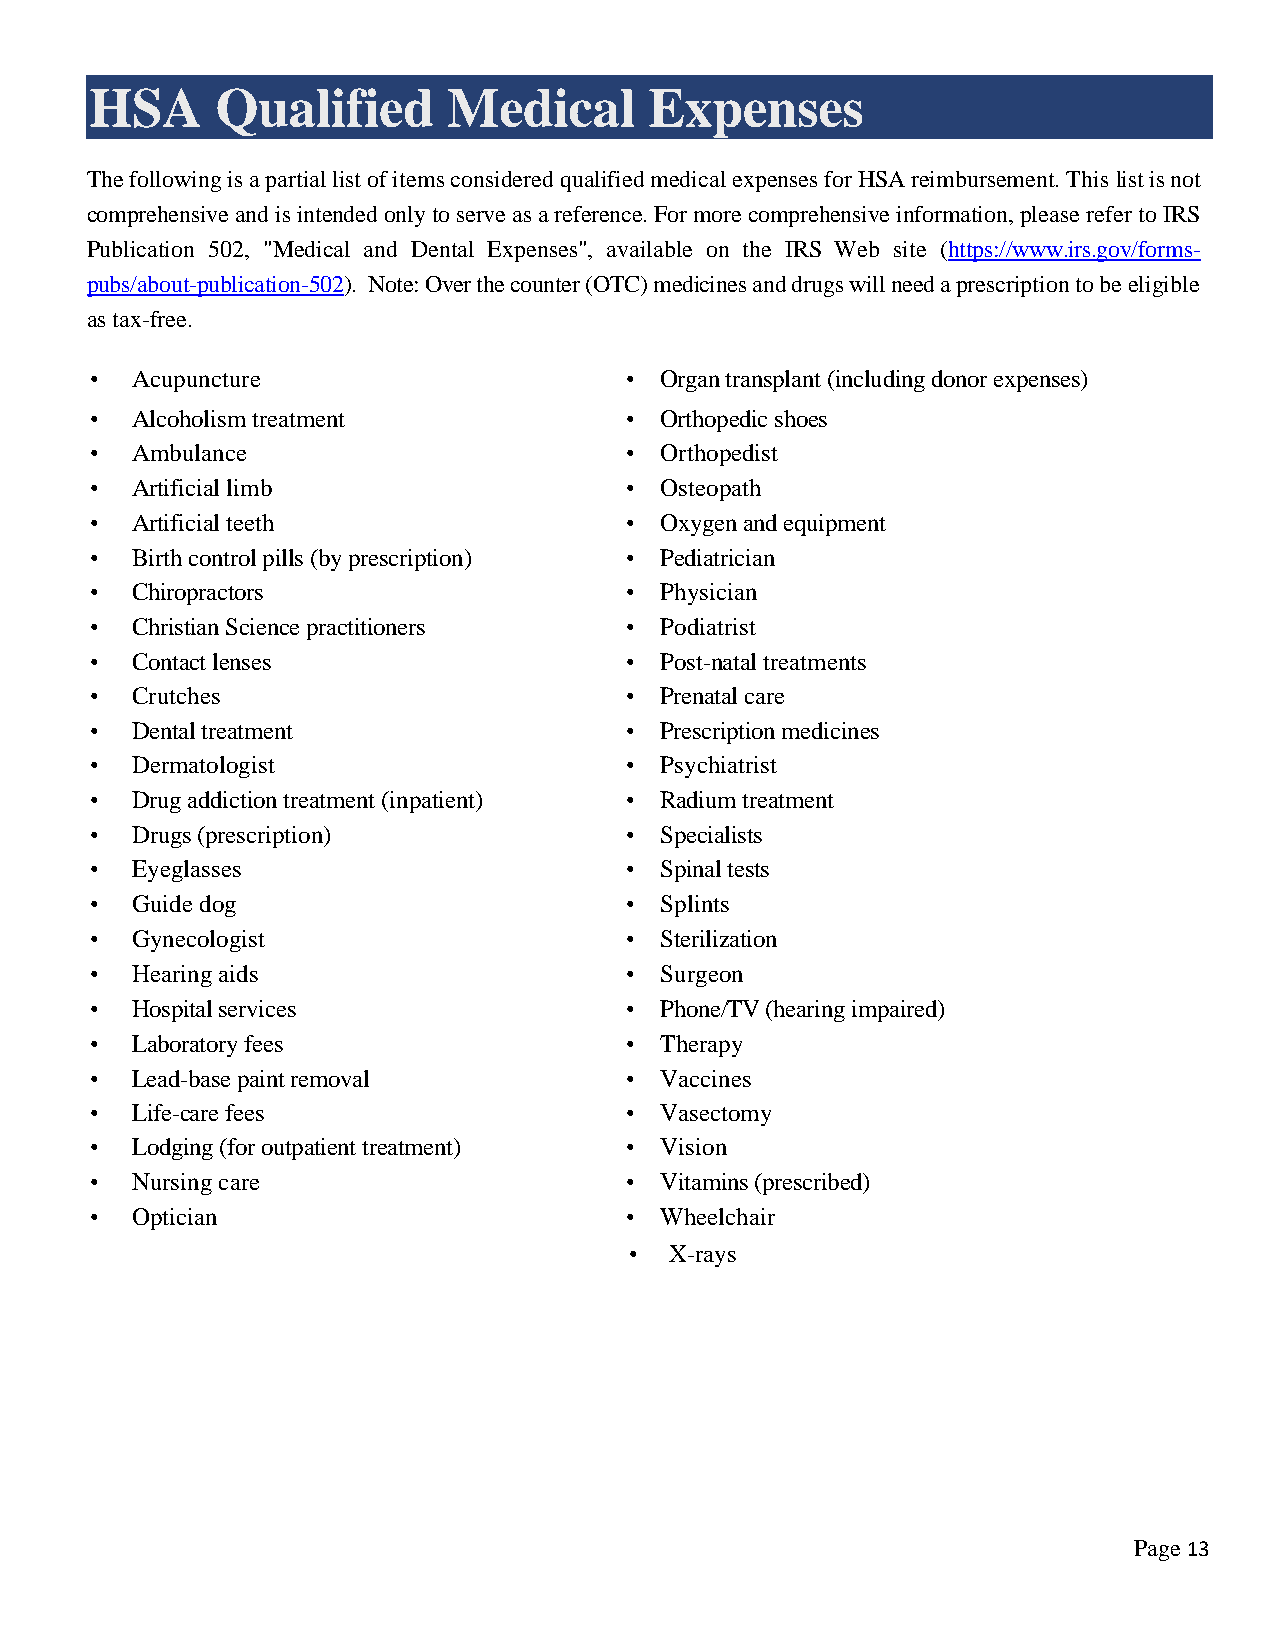
HSA     Qualified       Medical      Expenses
 The following is a partial list of items considered qualified medical expenses for HSA reimbursement. This list is not
 comprehensive and is intended only to serve as a reference. For more comprehensive information, please refer to IRS
 Publication 502, "Medical and Dental Expenses", available on the IRS Web site (https://www.irs.gov/forms-
 pubs/about-publication-502). Note: Over the counter (OTC) medicines and drugs will need a prescription to be eligible
 as tax-free.
 •  Acupuncture                     •  Organ transplant (including donor expenses)
 •  Alcoholism treatment            •  Orthopedic shoes
 •  Ambulance                       •  Orthopedist
 •  Artificial limb                 •  Osteopath
 •  Artificial teeth                •  Oxygen and equipment
 •  Birth control pills (by prescription) • Pediatrician
 •  Chiropractors                   •  Physician
 •  Christian Science practitioners •  Podiatrist
 •  Contact lenses                  •  Post-natal treatments
 •  Crutches                        •  Prenatal care
 •  Dental treatment                •  Prescription medicines
 •  Dermatologist                   •  Psychiatrist
 •  Drug addiction treatment (inpatient) • Radium treatment
 •  Drugs (prescription)            •  Specialists
 •  Eyeglasses                      •  Spinal tests
 •  Guide dog                       •  Splints
 •  Gynecologist                    •  Sterilization
 •  Hearing aids                    •  Surgeon
 •  Hospital services               •  Phone/TV (hearing impaired)
 •  Laboratory fees                 •  Therapy
 •  Lead-base paint removal         •  Vaccines
 •  Life-care fees                  •  Vasectomy
 •  Lodging (for outpatient treatment) • Vision
 •  Nursing care                    •  Vitamins (prescribed)
 •  Optician                        •  Wheelchair
 •• X-rays
 Page 13